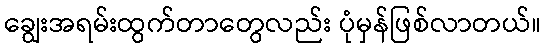
ချွေးအရမ်းထွက်တာတွေလည်း ပုံမှန်ဖြစ်လာတယ်။